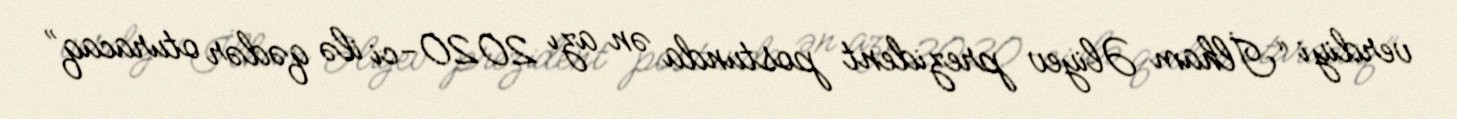
verdiyi “İlham Əliyev prezident postunda ən azı 2020-ci ilə qədər oturacaq”